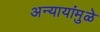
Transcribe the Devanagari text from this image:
अन्यायांमुळे